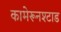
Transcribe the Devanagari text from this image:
कामेरूनश्टाड